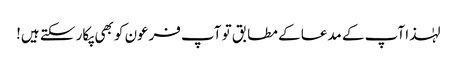
لہٰذا آپ کے مدعا کے مطابق تو آپ فرعون کو بھی پکار سکتے ہیں!